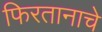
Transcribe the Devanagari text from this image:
फिरतानाचे